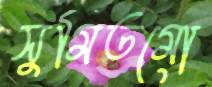
সুমিতমো